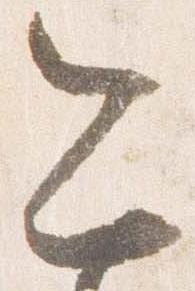
今